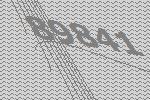
89841